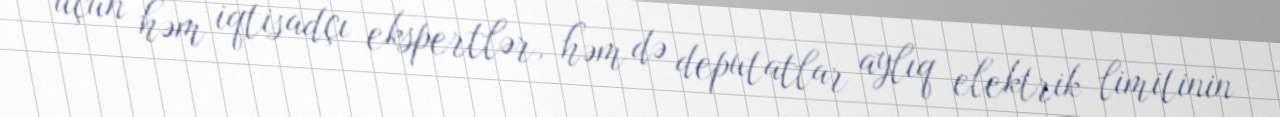
üçün həm iqtisadçı ekspertlər, həm də deputatlar aylıq elektrik limitinin